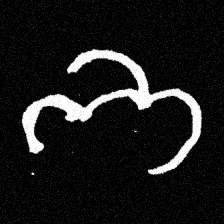
Pyu character \u2014 Myanmar letter: ဘ (romanized: bha)